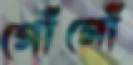
গোঁগোঁ